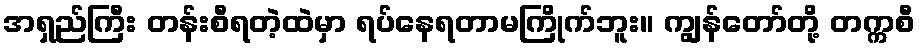
အရှည်ကြီး တန်းစီရတဲ့ထဲမှာ ရပ်နေရတာမကြိုက်ဘူး။ ကျွန်တော်တို့ တက္ကစီ